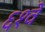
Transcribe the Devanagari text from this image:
६१वे